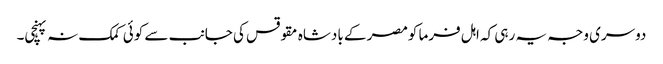
دوسری وجہ یہ رہی کہ اہل فرما کومصر کے بادشاہ مقوقس کی جانب سے کوئی کمک نہ پہنچی۔